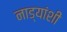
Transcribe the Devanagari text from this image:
नाड्यांशी